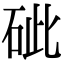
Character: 䂣